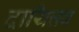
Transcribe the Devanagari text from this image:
दायित्तव